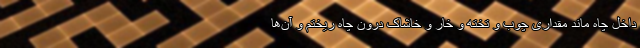
داخل چاه ماند مقداری چوب و تخته و خار و خاشاک درون چاه ریختم و آن‌ها